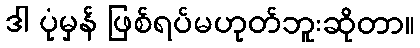
ဒါ ပုံမှန် ဖြစ်ရပ်မဟုတ်ဘူးဆိုတာ။